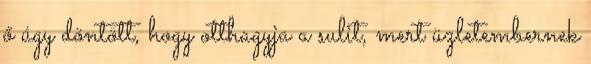
ő úgy döntött, hogy otthagyja a sulit, mert üzletembernek